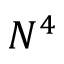
N ^ { 4 }